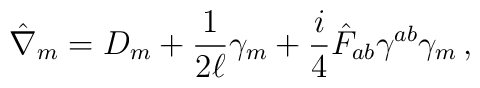
\hat{\nabla}_m = D_m + \frac{1}{2\ell}\gamma_m + \frac{i}{4}\hat{F}_{ab}\gamma^{ab} \gamma_m \, ,